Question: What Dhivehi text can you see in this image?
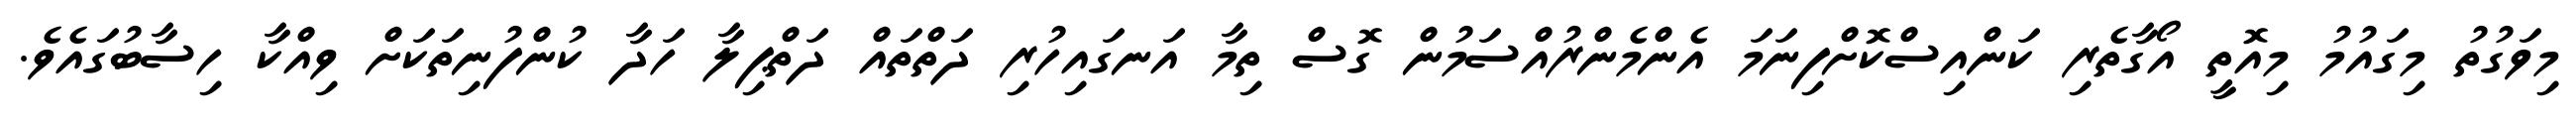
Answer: މިވަގުތު މިގައުމު މިއޮތީ އޯގާތެރި ކަންއިސްކޮށްފިނަމަ އެންމެންރުއްސަމުން ގޮސް ތިމާ އަނގައިހުރި ދަތްތައް ދަތްޕިލާ ހަދާ ކުންފުނިތަކަށް ވިއްކާ ހިސާބުގައެވެ.